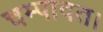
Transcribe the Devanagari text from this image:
चम्पावत।